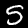
Digit: 5